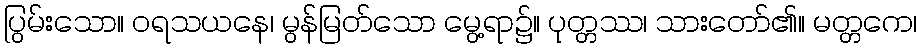
ပြွမ်းသော။ ဝရသယနေ၊ မွန်မြတ်သော မွေ့ရာ၌။ ပုတ္တဿ၊ သားတော်၏။ မတ္တကေ၊